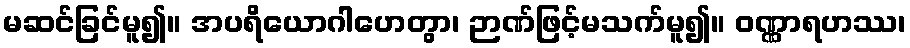
မဆင်ခြင်မူ၍။ အပရိယောဂါဟေတွာ၊ ဉာဏ်ဖြင့်မသက်မူ၍။ ဝဏ္ဏာရဟဿ၊